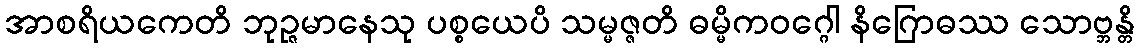
အာစရိယကေတိ ဘုဉ္ဇမာနေသု ပစ္စယေပိ သမ္မဇ္ဇတိ ဓမ္မိကဝဂ္ဂေါ နိဂြောဓဿ သောဗ္ဘန္တိ